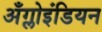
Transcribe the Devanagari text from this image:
अँग्लोइंडियन